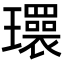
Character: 𬎜